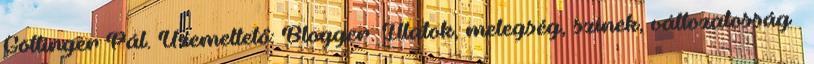
Göttinger Pál. Üzemeltető: Blogger. Illatok, melegség, színek, változatosság –